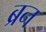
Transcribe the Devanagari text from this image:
ब्रन